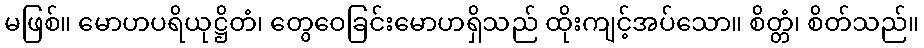
မဖြစ်။ မောဟပရိယုဋ္ဌိတံ၊ တွေဝေခြင်းမောဟရှိသည် ထိုးကျင့်အပ်သော။ စိတ္တံ၊ စိတ်သည်။